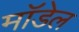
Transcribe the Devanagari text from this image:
माॅडेल